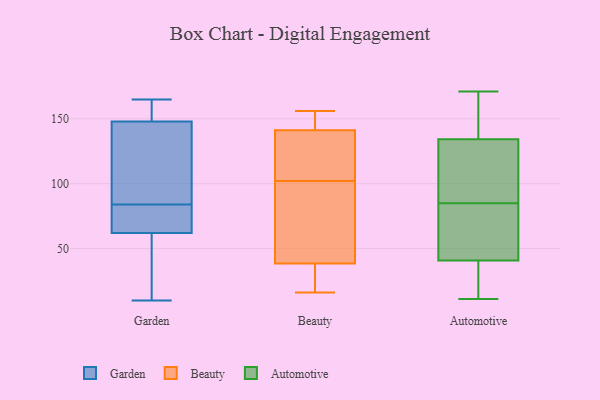
{"axis": {"x": "Net Income (USD K)", "y": "Value"}, "legend": ["Automotive", "Beauty", "Garden"], "data": [{"x": "", "y": 62, "type": "Garden"}, {"x": "", "y": 89, "type": "Garden"}, {"x": "", "y": 148, "type": "Garden"}, {"x": "", "y": 10, "type": "Garden"}, {"x": "", "y": 126, "type": "Garden"}, {"x": "", "y": 79, "type": "Garden"}, {"x": "", "y": 52, "type": "Garden"}, {"x": "", "y": 68, "type": "Garden"}, {"x": "", "y": 162, "type": "Garden"}, {"x": "", "y": 165, "type": "Garden"}, {"x": "", "y": 147, "type": "Beauty"}, {"x": "", "y": 145, "type": "Beauty"}, {"x": "", "y": 102, "type": "Beauty"}, {"x": "", "y": 19, "type": "Beauty"}, {"x": "", "y": 156, "type": "Beauty"}, {"x": "", "y": 100, "type": "Beauty"}, {"x": "", "y": 107, "type": "Beauty"}, {"x": "", "y": 38, "type": "Beauty"}, {"x": "", "y": 89, "type": "Beauty"}, {"x": "", "y": 102, "type": "Beauty"}, {"x": "", "y": 16, "type": "Beauty"}, {"x": "", "y": 147, "type": "Beauty"}, {"x": "", "y": 23, "type": "Beauty"}, {"x": "", "y": 130, "type": "Beauty"}, {"x": "", "y": 40, "type": "Beauty"}, {"x": "", "y": 34, "type": "Automotive"}, {"x": "", "y": 150, "type": "Automotive"}, {"x": "", "y": 20, "type": "Automotive"}, {"x": "", "y": 109, "type": "Automotive"}, {"x": "", "y": 39, "type": "Automotive"}, {"x": "", "y": 139, "type": "Automotive"}, {"x": "", "y": 40, "type": "Automotive"}, {"x": "", "y": 43, "type": "Automotive"}, {"x": "", "y": 141, "type": "Automotive"}, {"x": "", "y": 57, "type": "Automotive"}, {"x": "", "y": 85, "type": "Automotive"}, {"x": "", "y": 123, "type": "Automotive"}, {"x": "", "y": 11, "type": "Automotive"}, {"x": "", "y": 66, "type": "Automotive"}, {"x": "", "y": 171, "type": "Automotive"}, {"x": "", "y": 138, "type": "Automotive"}, {"x": "", "y": 52, "type": "Automotive"}, {"x": "", "y": 105, "type": "Automotive"}, {"x": "", "y": 99, "type": "Automotive"}]}